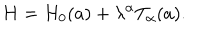
H = H _ { 0 } ( a ) + \lambda ^ { \alpha } T _ { \alpha } ( a ) .